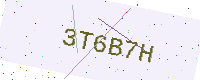
Text: 3T6B7H